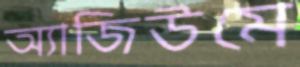
অ্যাজিউমে